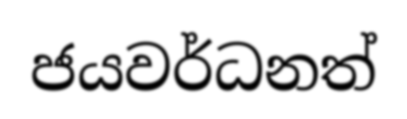
ජයවර්ධනත්